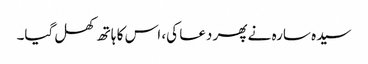
سیدہ سارہ نے پھر دعا کی، اس کا ہاتھ کھل گیا۔